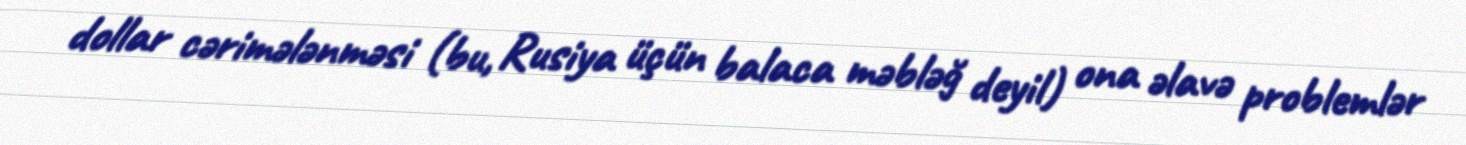
dollar cərimələnməsi (bu, Rusiya üçün balaca məbləğ deyil) ona əlavə problemlər